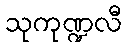
သုကုဏ္ဍလီ